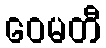
ဝေမတီ